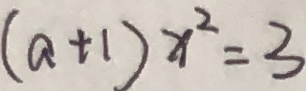
( a + 1 ) x ^ { 2 } = 3